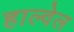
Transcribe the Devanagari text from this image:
हाल्वेल